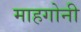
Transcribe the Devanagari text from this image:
माहगोनी